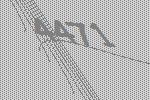
4471